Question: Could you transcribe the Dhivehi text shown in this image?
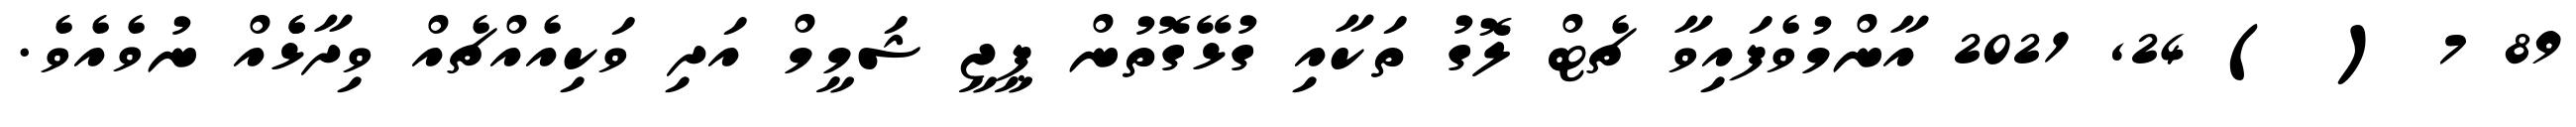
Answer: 89 7 ( ) 24, 2021 އާންމުވެފައިވާ ޗެޓް ލޮގު ތަކާއި ގުޅޭގޮތުން ޕީޖީ ޝަމީމް އަދި ވަކިއެއްޗެއް ވިދާޅެެއް ނުވެއެވެ.